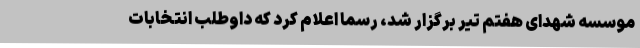
موسسه شهدای هفتم تیر برگزار شد، رسماً اعلام کرد که داوطلب انتخابات